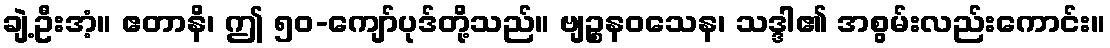
ချဲ့ဦးအံ့။ ဧတာနိ၊ ဤ ၅၀-ကျော်ပုဒ်တို့သည်။ ဗျဉ္စနဝသေန၊ သဒ္ဒါ၏ အစွမ်းလည်းကောင်း။